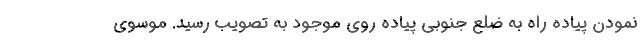
نمودن پیاده راه به ضلع جنوبی پیاده روی موجود به تصویب رسید. موسوی